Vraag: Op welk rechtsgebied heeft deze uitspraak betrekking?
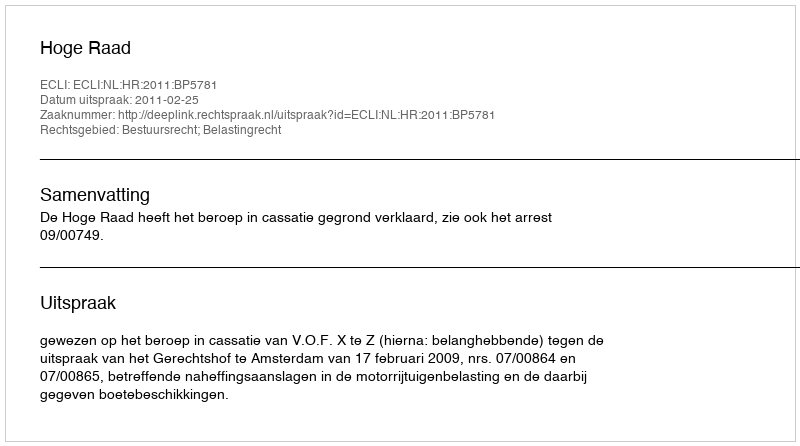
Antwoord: Bestuursrecht; Belastingrecht